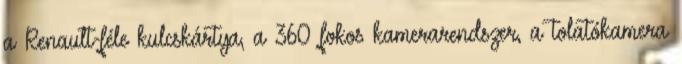
a Renault-féle kulcskártya, a 360 fokos kamerarendszer, a tolatókamera